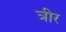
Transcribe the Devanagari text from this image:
त्रीर